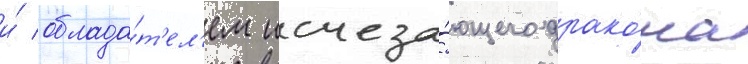
и́ облада́т'ел'ем исчеза́ющего драко́на